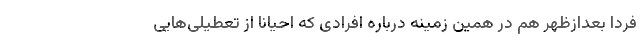
فردا بعدازظهر هم در همین زمینه درباره افرادی که احیانا از تعطیلی‌هایی